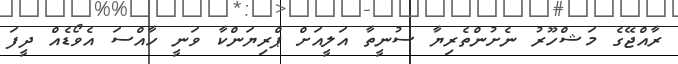
ރާއްޖޭގެ މަޝްހޫރު ނެށުންތެރިޔާ ސުނީތާ އަލީއަށް ޕްރިޔަންކާ ވަނީ ހާއްސަ އެވޯޑެއް ދީފަ